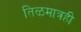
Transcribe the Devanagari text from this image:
तिळमात्रही